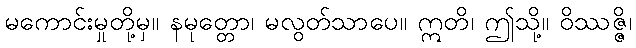
မကောင်းမှုတို့မှ။ နမုတ္တော၊ မလွတ်သာပေ။ ဣတိ၊ ဤသို့။ ဝိဿဇ္ဇိ၊